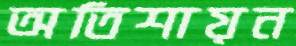
অতিশায়ন